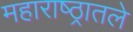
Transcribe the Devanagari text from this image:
महाराष्ठ्रातले